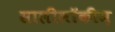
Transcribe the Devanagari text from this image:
सालीलॉकीज़